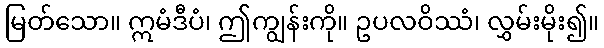
မြတ်သော။ ဣမံဒီပံ၊ ဤကျွန်းကို။ ဥပလဝိဿံ၊ လွှမ်းမိုး၍။